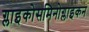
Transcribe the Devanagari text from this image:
ग्लाइकोसमिनोग्लाइकन